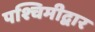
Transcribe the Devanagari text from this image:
पश्चिमीद्वार